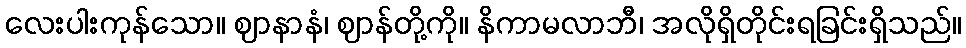
လေးပါးကုန်သော။ ဈာနာနံ၊ ဈာန်တို့ကို။ နိကာမလာဘီ၊ အလိုရှိတိုင်းရခြင်းရှိသည်။